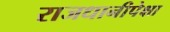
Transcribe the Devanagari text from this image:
राजधानीपेक्षा